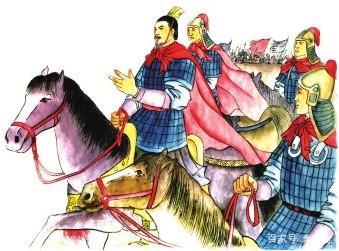
无德不贵，无能不官，无功不赏，无罪不罚。